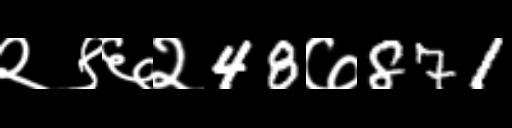
Text: २९६२48७871